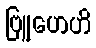
ဗြူဟေဟိ